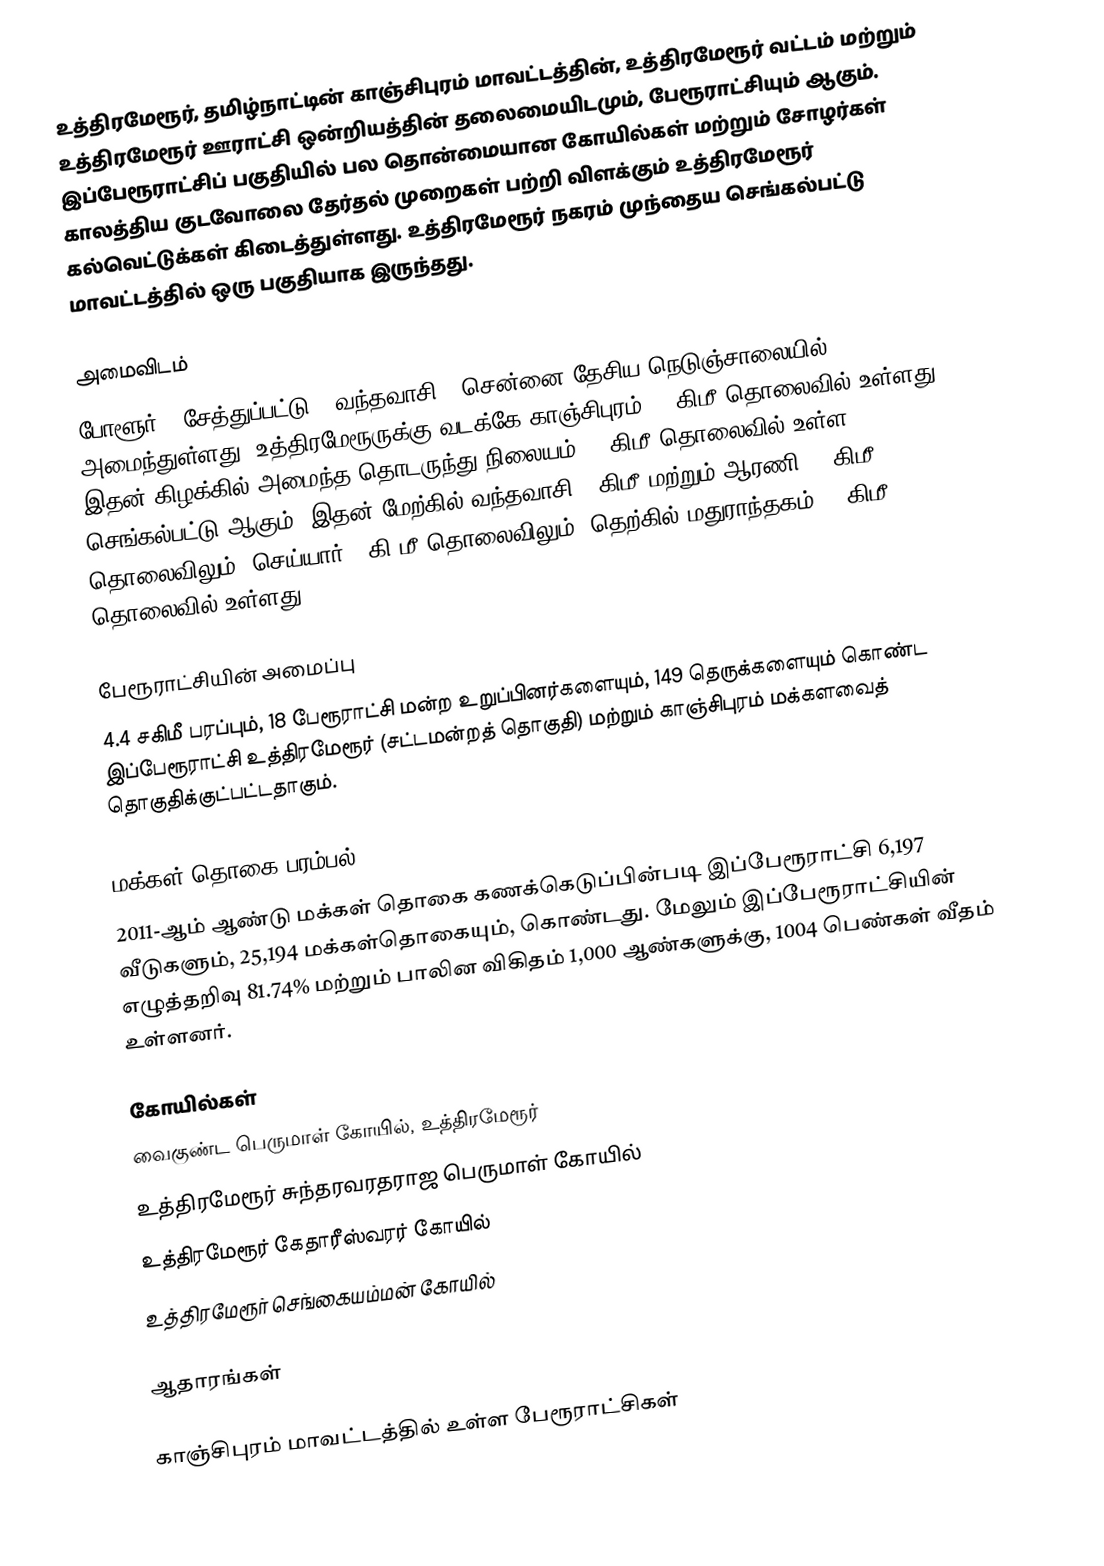
உத்திரமேரூர், தமிழ்நாட்டின் காஞ்சிபுரம் மாவட்டத்தின், உத்திரமேரூர் வட்டம் மற்றும் உத்திரமேரூர் ஊராட்சி ஒன்றியத்தின் தலைமையிடமும்,  பேரூராட்சியும் ஆகும். இப்பேரூராட்சிப் பகுதியில் பல தொன்மையான கோயில்கள் மற்றும் சோழர்கள் காலத்திய குடவோலை தேர்தல் முறைகள் பற்றி விளக்கும் உத்திரமேரூர் கல்வெட்டுக்கள் கிடைத்துள்ளது. உத்திரமேரூர் நகரம் முந்தைய செங்கல்பட்டு மாவட்டத்தில் ஒரு பகுதியாக இருந்தது.

அமைவிடம்
போளூர் -  சேத்துப்பட்டு  - வந்தவாசி - சென்னை தேசிய நெடுஞ்சாலையில் அமைந்துள்ளது. உத்திரமேரூருக்கு வடக்கே காஞ்சிபுரம் 28 கிமீ தொலைவில் உள்ளது. இதன் கிழக்கில் அமைந்த தொடருந்து நிலையம் 26 கிமீ தொலைவில் உள்ள செங்கல்பட்டு ஆகும். இதன் மேற்கில் வந்தவாசி25 கிமீ மற்றும் ஆரணி 69 கிமீ தொலைவிலும், செய்யார் 32கி.மீ தொலைவிலும், தெற்கில் மதுராந்தகம் 26 கிமீ தொலைவில் உள்ளது.

பேரூராட்சியின் அமைப்பு
4.4 சகிமீ பரப்பும்,    18  பேரூராட்சி மன்ற உறுப்பினர்களையும்,    149 தெருக்களையும்  கொண்ட இப்பேரூராட்சி உத்திரமேரூர்  (சட்டமன்றத் தொகுதி)  மற்றும் காஞ்சிபுரம் மக்களவைத் தொகுதிக்குட்பட்டதாகும்.

மக்கள் தொகை பரம்பல்
2011-ஆம் ஆண்டு மக்கள் தொகை கணக்கெடுப்பின்படி   இப்பேரூராட்சி 6,197  வீடுகளும், 25,194 மக்கள்தொகையும், கொண்டது. மேலும் இப்பேரூராட்சியின் எழுத்தறிவு 81.74%  மற்றும்  பாலின விகிதம் 1,000 ஆண்களுக்கு, 1004 பெண்கள் வீதம் உள்ளனர்.

கோயில்கள்
 வைகுண்ட பெருமாள் கோயில், உத்திரமேரூர்
 உத்திரமேரூர் சுந்தரவரதராஜ பெருமாள் கோயில்
 உத்திரமேரூர் கேதாரீஸ்வரர் கோயில்
 உத்திரமேரூர் செங்கையம்மன் கோயில்

ஆதாரங்கள்

காஞ்சிபுரம் மாவட்டத்தில் உள்ள பேரூராட்சிகள்